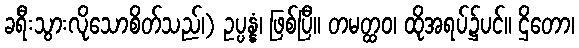
ခရီးသွားလိုသောစိတ်သည်၊) ဥပ္ပန္နံ၊ ဖြစ်ပြီ။ တမတ္ထဝ၊ ထိုအရပ်၌ပင်။ ဌိတော၊